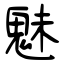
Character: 魅